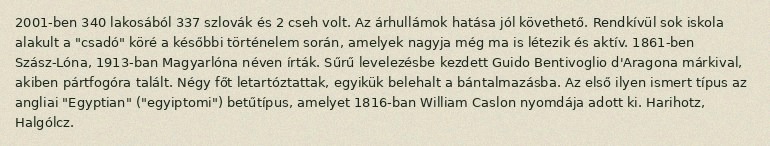
2001-ben 340 lakosából 337 szlovák és 2 cseh volt. Az árhullámok hatása jól követhető. Rendkívül sok iskola alakult a "csadó" köré a későbbi történelem során, amelyek nagyja még ma is létezik és aktív. 1861-ben Szász-Lóna, 1913-ban Magyarlóna néven írták. Sűrű levelezésbe kezdett Guido Bentivoglio d'Aragona márkival, akiben pártfogóra talált. Négy főt letartóztattak, egyikük belehalt a bántalmazásba. Az első ilyen ismert típus az angliai "Egyptian" ("egyiptomi") betűtípus, amelyet 1816-ban William Caslon nyomdája adott ki. Harihotz, Halgólcz.